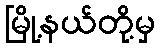
မြို့နယ်တို့မှ